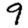
Digit: 9